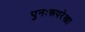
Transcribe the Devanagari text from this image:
पुनःरूपरेखा